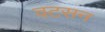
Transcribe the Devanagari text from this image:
वटसन